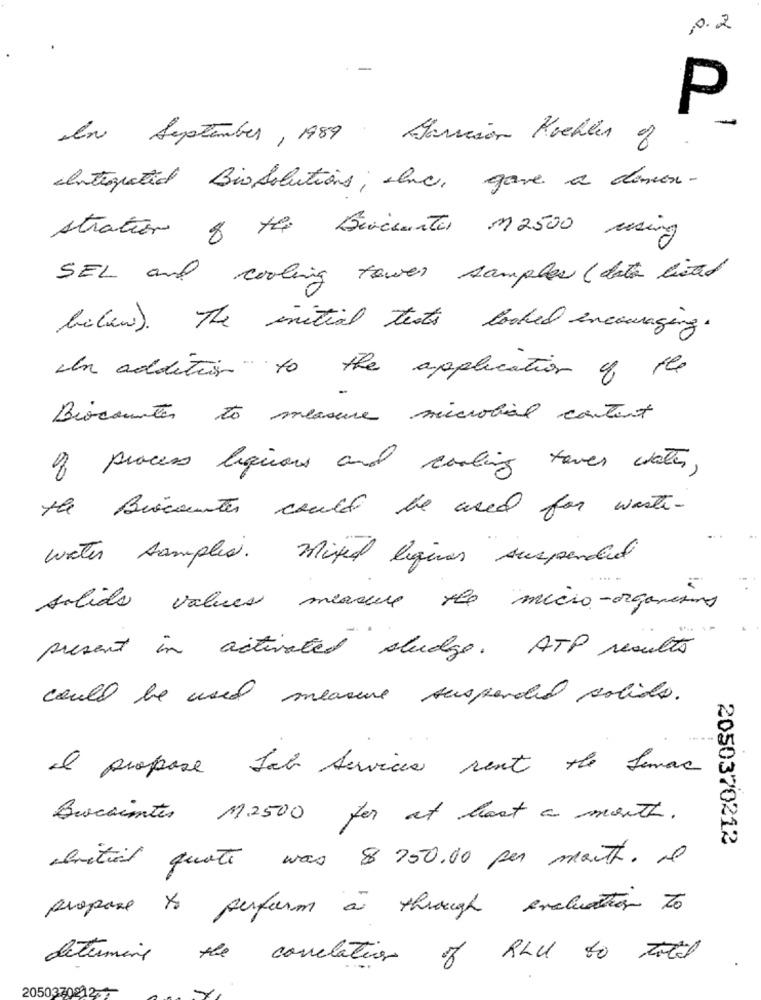
0.2
P
-
In September , 1989 Harrison Koehler of
Integrated Biosolutions, Inc, gave a dimen-
stration 8 the Buvicente M2500 using
SEL and cooling tower samples (data listed
bilew ). The initial texts looked encouraging.
In addition" to the application of the
Biocounter to measure microbial content
of process liquors and cooling tower water,
the Biocenter could be used for waste-
water semplici. Mistral liques suspended
salida values measure the micro-organisms
present in activated sludge . ATP results
could be used measure suspended solids.
Il propose fab Services rent the Seman
Buscaintes M2500 for at hast a month.
2050370212
initial quote was 8 950.00 per month. Il
propose to perform a through evaluation to
determine the correlation of RhIl to till
2050370212-